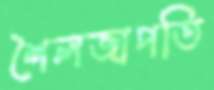
শৈলজাপতি